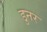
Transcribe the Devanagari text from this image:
डुनर